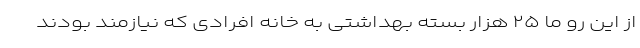
از این رو ما ۲۵ هزار بسته بهداشتی به خانه افرادی که نیازمند بودند